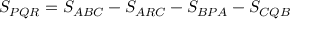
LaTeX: \displaystyle S _ { P Q R } = S _ { A B C } - S _ { A R C } - S _ { B P A } - S _ { C Q B }